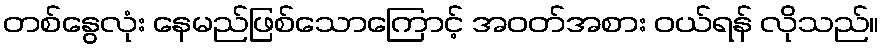
တစ်နွေလုံး နေမည်ဖြစ်သောကြောင့် အဝတ်အစား ဝယ်ရန် လိုသည်။